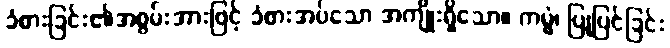
ခံစားခြင်း၏အစွမ်းအားဖြင့် ခံစားအပ်သော အကျိုးရှိသော။ ကမ္မံ၊ ပြုပြင်ခြင်း